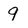
Character: 9